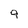
Character: 9